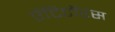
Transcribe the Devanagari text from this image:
ऐंटिटॉरस